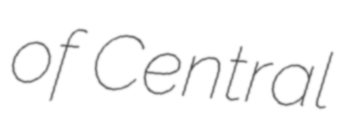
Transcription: of Central